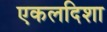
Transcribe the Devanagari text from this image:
एकलदिशा